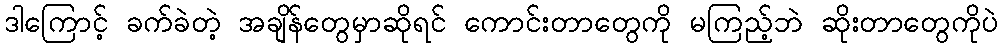
ဒါကြောင့် ခက်ခဲတဲ့ အချိန်တွေမှာဆိုရင် ကောင်းတာတွေကို မကြည့်ဘဲ ဆိုးတာတွေကိုပဲ